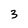
Character: 3